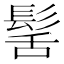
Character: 髺